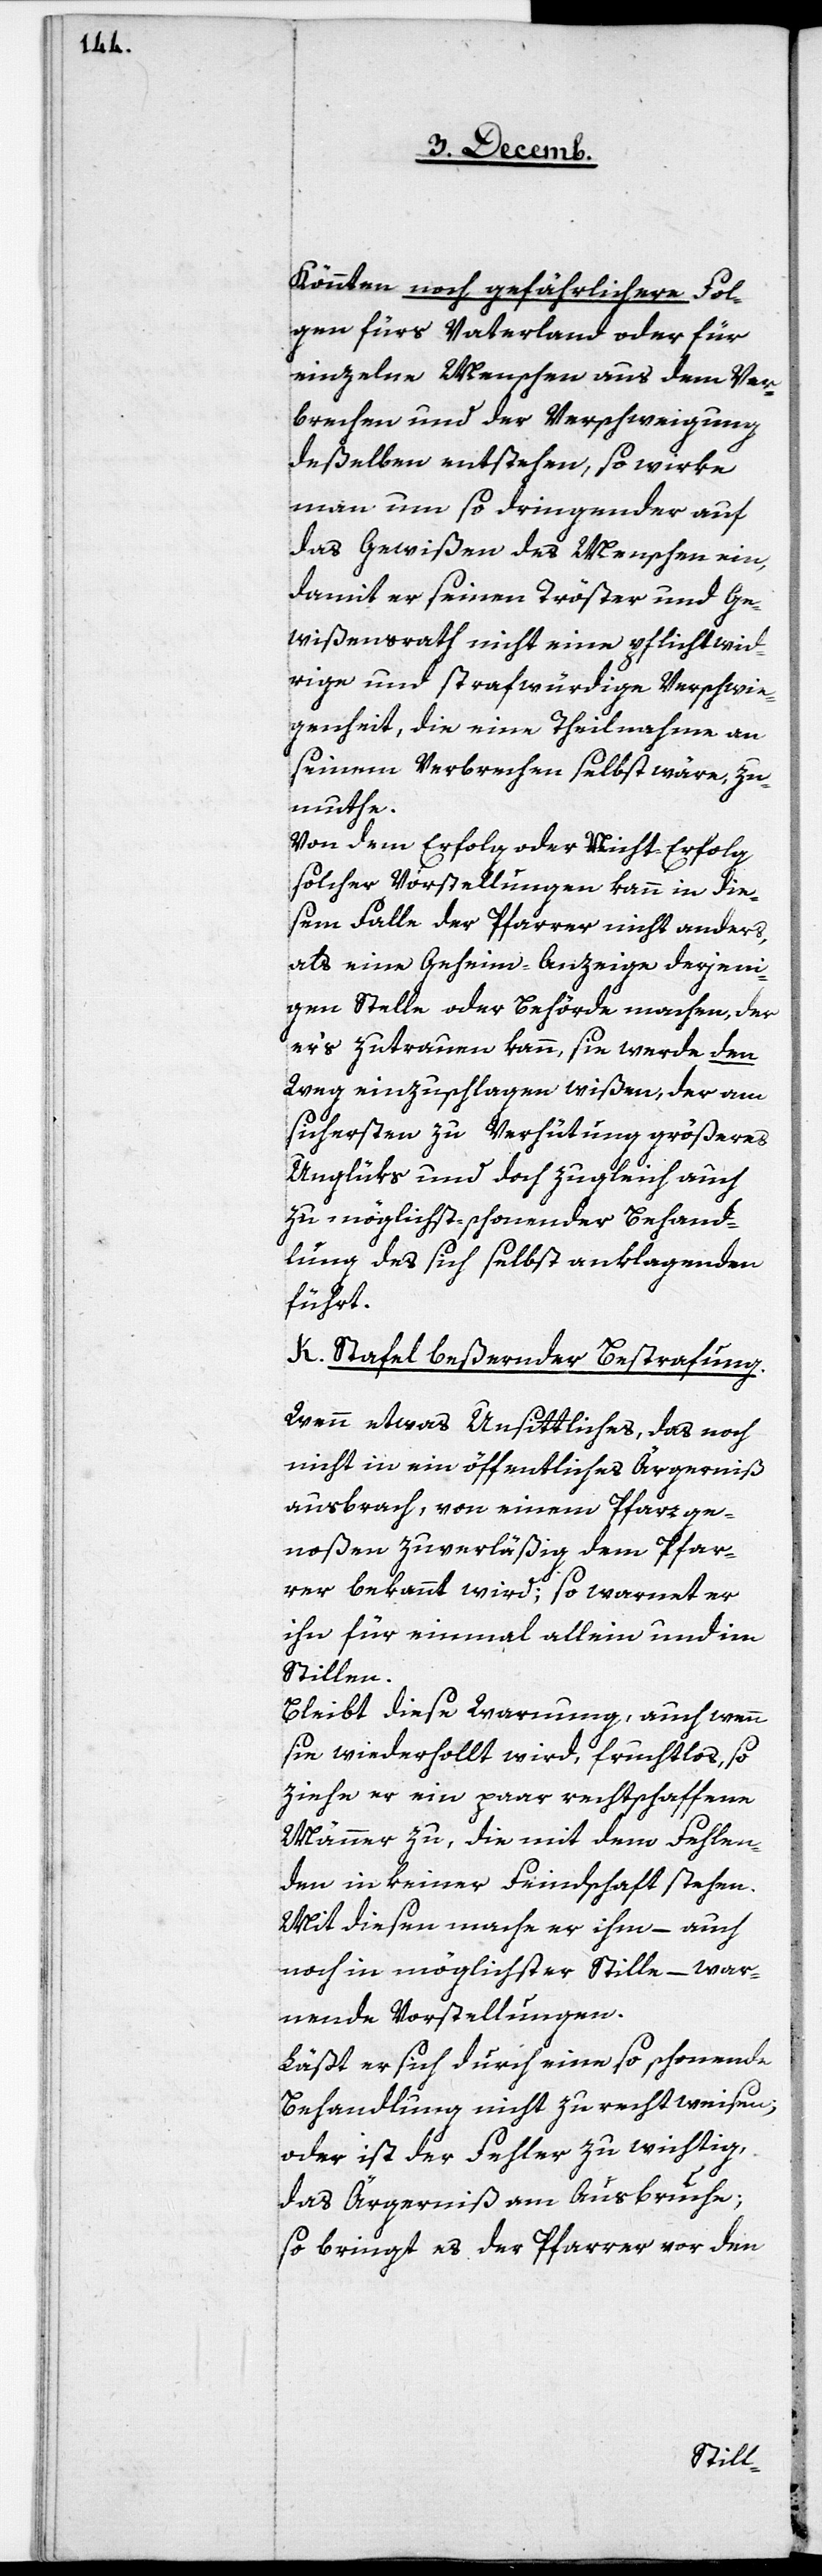
Könnten noch gefährlichere Fol¬
gen fürs Vaterland oder für
einzelne Menschen aus dem Ver¬
brechen und der Verschweigung
deßelben entstehen, so wirke
man um so dringender auf
das Gewißen des Menschen ein,
damit er seinen Tröster und Ge¬
wißensrath nicht eine pflichtwid¬
rige und strafwürdige Verschwie¬
genheit, die eine Theilnahme an
seinem Verbrechen selbst wäre, zu¬
muthe.
Von dem Erfolg oder Nicht-Erfolg
solcher Vorstellungen kann in die¬
sem Falle der Pfarrer nicht anders,
als eine Geheim-Anzeige derjeni¬
gen Stelle oder Behörde machen, der
er’s zutrauen kann, sie werde den
Weg einzuschlagen wißen, der am
sichersten zu Verhütung größeres
Unglüks und doch zugleich auch
zu möglichst-schonender Behand¬
lung des sich selbst anklagenden
führt.
k. Stafel beßernder Bestrafung.
Wenn etwas Unsittliches, das noch
nicht in ein öffentliches Ärgerniß
ausbrach, von einem Pfarrge¬
noßen zuverläßig dem Pfar¬
rer bekannt wird; so warnet er
ihn für einmal allein und im
Stillen.
Bleibt die Warnung, auch wenn
sie wiederhollt wird, fruchtlos, so
ziehe er ein paar rechtschaffene
Männer zu, die mit dem Fehlen¬
den in keiner Feindschaft stehen.
Mit diesen mache er ihm – auch
noch in möglichster Stille – war¬
nende Vorstellungen.
Läßt er sich durch eine so schonende
Behandlung nicht zurechtweisen;
oder ist der Fehler zu wichtig,
das Ärgerniß am Ausbruche;
so bringt es der Pfarrer vor den